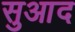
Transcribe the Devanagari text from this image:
सुआद